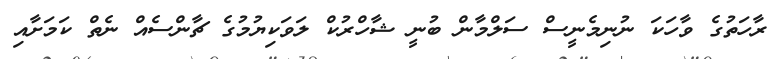
ރާހަތުގެ ވާހަކަ ނުނިމެނީސް ސަލްމާން ބުނީ ޝާހްރުކް ލަވަކިޔުމުގެ ޗާންސެއް ނެތް ކަމަށާއި